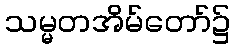
သမ္မတအိမ်တော်၌